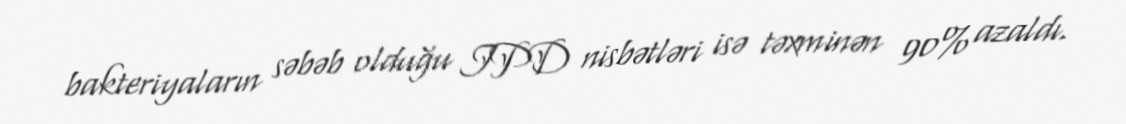
bakteriyaların səbəb olduğu IPD nisbətləri isə təxminən 90% azaldı.